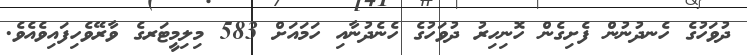
ދުވަހުގެ ހެނދުނުން ފެށިގެން ހޮނިހިރު ދުވަހުގެ ހެނެދުނާއި ހަމައަށް 583 މިލިމީޓަރގެ ވާރޭވެހިފައިވެއެވެ.